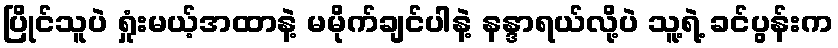
ပြိုင်သူပဲ ရှုံးမယ့်အထာနဲ့ မမိုက်ချင်ပါနဲ့ နန္ဒာရယ်လို့ပဲ သူ့ရဲ့ ခင်ပွန်းက